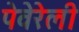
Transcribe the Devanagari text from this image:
पेवेरेली